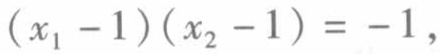
\((x_{1} - 1)(x_{2} - 1)= - 1\)